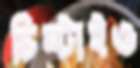
চিম্‌টাইও